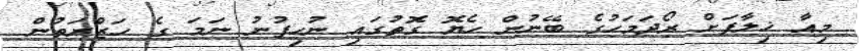
މިއާ ޚިލާފަށް ރޯދަމަހުގެ ބޭނުން ހެޔޮ ގޮތުގައި ނުހިފުނު ނަމަ ގެ ހަޒްރަތުން